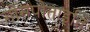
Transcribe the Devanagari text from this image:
गोमपोताइति